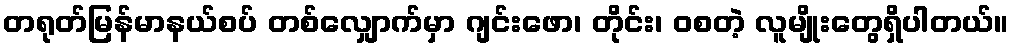
တရုတ်မြန်မာနယ်စပ် တစ်လျှောက်မှာ ဂျင်းဖော၊ တိုင်း၊ ဝစတဲ့ လူမျိုးတွေရှိပါတယ်။